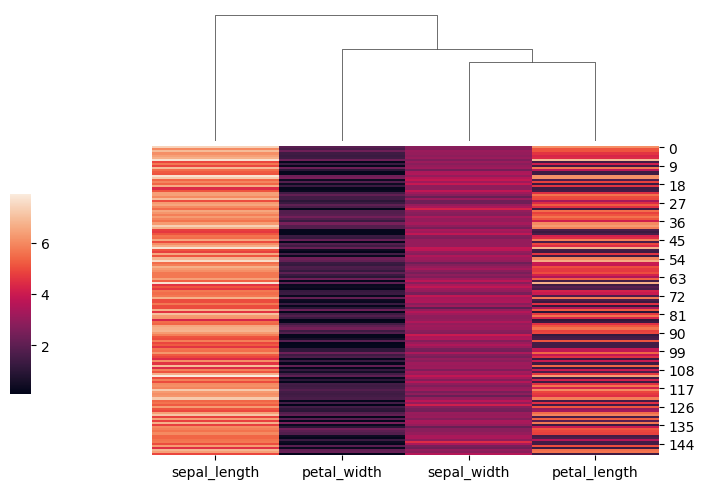
python, seaborn, clustermap, figsize=(7, 5), row_cluster=False, dendrogram_ratio=(0.2, 0.3), cbar_pos=(0, 0.2, 0.03, 0.4)